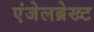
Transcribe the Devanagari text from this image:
एंजेलब्रेख्ट